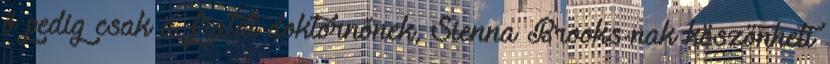
ő pedig csak a fiatal doktornőnek, Sienna Brooks-nak köszönheti